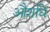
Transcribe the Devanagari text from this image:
औशधि